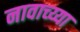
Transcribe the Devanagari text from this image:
नावाच्य्या